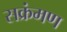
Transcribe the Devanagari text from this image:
सक्रंमण